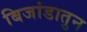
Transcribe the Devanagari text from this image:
बिजांडातुन